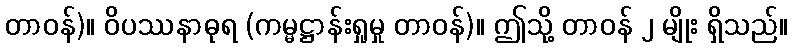
တာဝန်)။ ဝိပဿနာဓုရ (ကမ္မဋ္ဌာန်းရှုမှု တာဝန်)။ ဤသို့ တာဝန် ၂ မျိုး ရှိသည်။